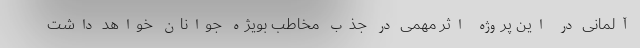
آلمانی در این پروژه اثر مهمی در جذب مخاطب بویژه جوانان خواهد داشت